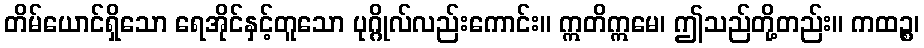
တိမ်ယောင်ရှိသော ရေအိုင်နှင့်တူသော ပုဂ္ဂိုလ်လည်းကောင်း။ ဣတိဣမေ၊ ဤသည်တို့တည်း။ ကထဉ္စ၊